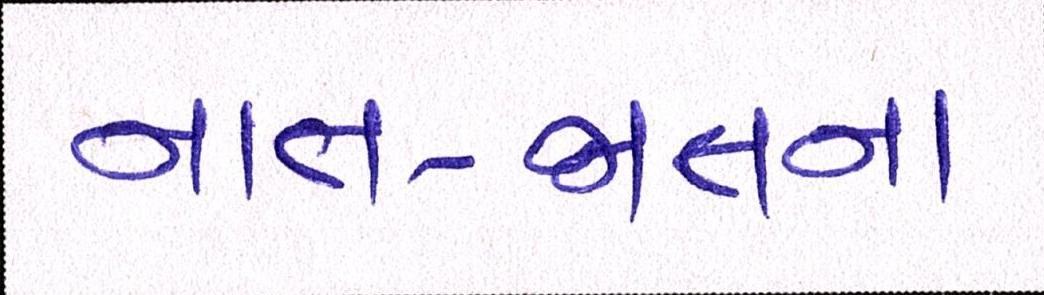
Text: નાત-જાતના